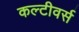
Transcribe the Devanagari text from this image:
कल्टीवर्स